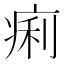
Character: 痢